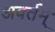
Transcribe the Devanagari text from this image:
अवर्तम्